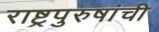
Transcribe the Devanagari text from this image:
राष्ट्रपुरुषांची